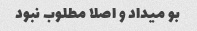
بو میداد و اصلا مطلوب نبود